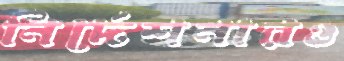
নির্দেশনারও